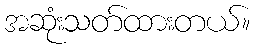
အဆုံးသတ်ထားတယ်။